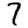
Digit: 7